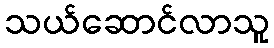
သယ်ဆောင်လာသူ